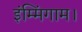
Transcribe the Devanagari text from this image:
इंम्मिंगाम।